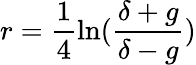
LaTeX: r=\frac{1}{4}\ln(\frac{\delta+g}{\delta-g})